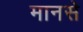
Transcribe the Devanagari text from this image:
मानसे